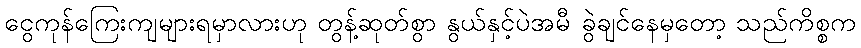
ငွေကုန်ကြေးကျများရမှာလားဟု တွန့်ဆုတ်စွာ နွယ်နှင့်ပဲအမီ ခွဲချင်နေမှတော့ သည်ကိစ္စက